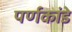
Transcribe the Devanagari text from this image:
पर्णकांडे